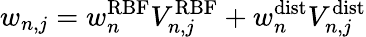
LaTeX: w_{n,j}=w_{n}^{\mathrm{RBF}}V_{n,j}^{\mathrm{RBF}}+w_{n}^{\mathrm{dist}}V_{n,j}^{\mathrm{dist}}